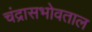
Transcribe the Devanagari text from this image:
चंद्रासभोवताल